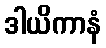
ဒါယိကာနံ